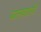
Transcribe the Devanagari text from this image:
बालवाली